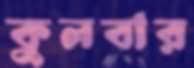
কুলবার